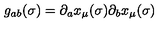
g _ { a b } ( \sigma ) = \partial _ { a } x _ { \mu } ( \sigma ) \partial _ { b } x _ { \mu } ( \sigma )